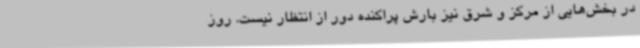
در بخش‌هایی از مرکز و شرق نیز بارش پراکنده دور از انتظار نیست. روز